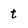
Character: t